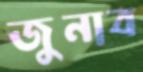
জুনাব